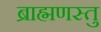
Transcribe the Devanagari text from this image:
ब्राह्मणस्तु